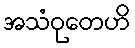
အသံဝုတေဟိ